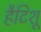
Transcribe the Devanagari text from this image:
हैटिशू